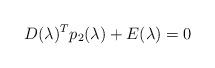
LaTeX: \begin{align*} D(\lambda)^Tp_2(\lambda)+ E(\lambda)=0\end{align*}